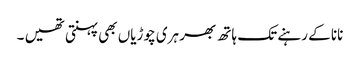
نانا کے رہنے تک ہاتھ بھر ہری چوڑیاں بھی پہنتی تھیں ۔